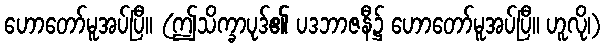
ဟောတော်မူအပ်ပြီ။ (ဤသိက္ခာပုဒ်၏ ပဒဘာဇနီ၌ ဟောတော်မူအပ်ပြီ။ ဟူလို၊)